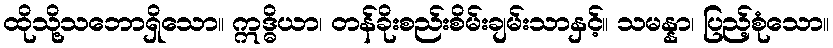
ထိုသို့သဘောရှိသော။ ဣဒ္ဓိယာ၊ တန်ခိုးစည်းစိမ်းချမ်းသာနှင့်။ သမန္နာ၊ ပြည့်စုံသော။